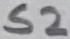
Text: S2